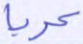
عربا